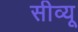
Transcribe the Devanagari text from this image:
सीव्‍यू